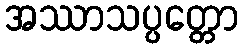
အဿာသပ္ပတ္တော